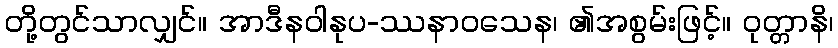
တို့တွင်သာလျှင်။ အာဒီနဝါနုပ-ဿနာဝသေန၊ ၏အစွမ်းဖြင့်။ ဝုတ္တာနိ၊